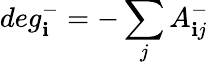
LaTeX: deg_{\mathbf{i}}^{-}=-\sum_{j}A_{\mathbf{i}j}^{-}